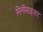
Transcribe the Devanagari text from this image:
मिनीमाइज़र